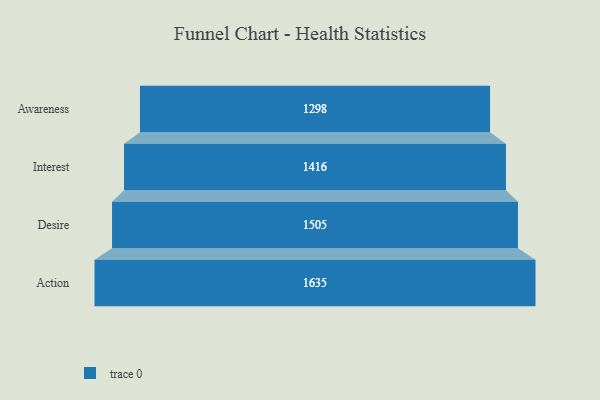
{"axis": {"x": "Stage", "y": "Value"}, "legend": [""], "data": [{"x": "Awareness", "y": 1298.0, "type": ""}, {"x": "Interest", "y": 1416.0, "type": ""}, {"x": "Desire", "y": 1505.0, "type": ""}, {"x": "Action", "y": 1635.0, "type": ""}]}